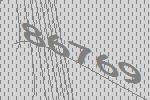
86769